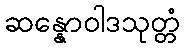
ဆန္နောဝါဒသုတ္တံ